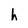
Character: h